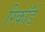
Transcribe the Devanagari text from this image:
रिकॉर्ड़